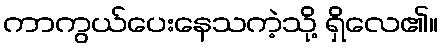
ကာကွယ်ပေးနေသကဲ့သို့ ရှိလေ၏။